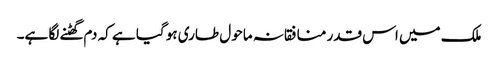
ملک میں اس قدر منافقانہ ماحو ل طاری ہو گیا ہے کہ دم گھٹنے لگا ہے۔